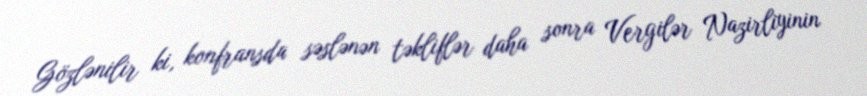
Gözlənilir ki, konfransda səslənən təkliflər daha sonra Vergilər Nazirliyinin